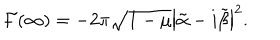
LaTeX: { \cal F } ( \infty ) = - 2 \pi \sqrt { 1 - \mu } \left\vert \tilde { \alpha } - i \tilde { \beta } \right\vert ^ { 2 } .